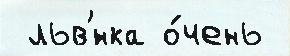
 льв'́нка о́чень